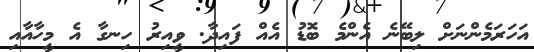
އަހަރަމެންނަށް ލިބޭނެ އެންމެ ބޮޑު އެއް ފައިދާ. ވީއިރު ހިނގާ އެ މީހާއާއި